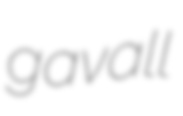
gavall